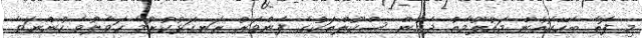
މި ފޮތާ ބެހޭގޮތުން މައުލޫމާތު ދެމުން ސްކޫލްތަކުގެ ފެންވަރު ރަނގަޅުކުރުމާ ހަވާލުވެ ހުންނަވާ